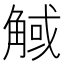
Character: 𧣼